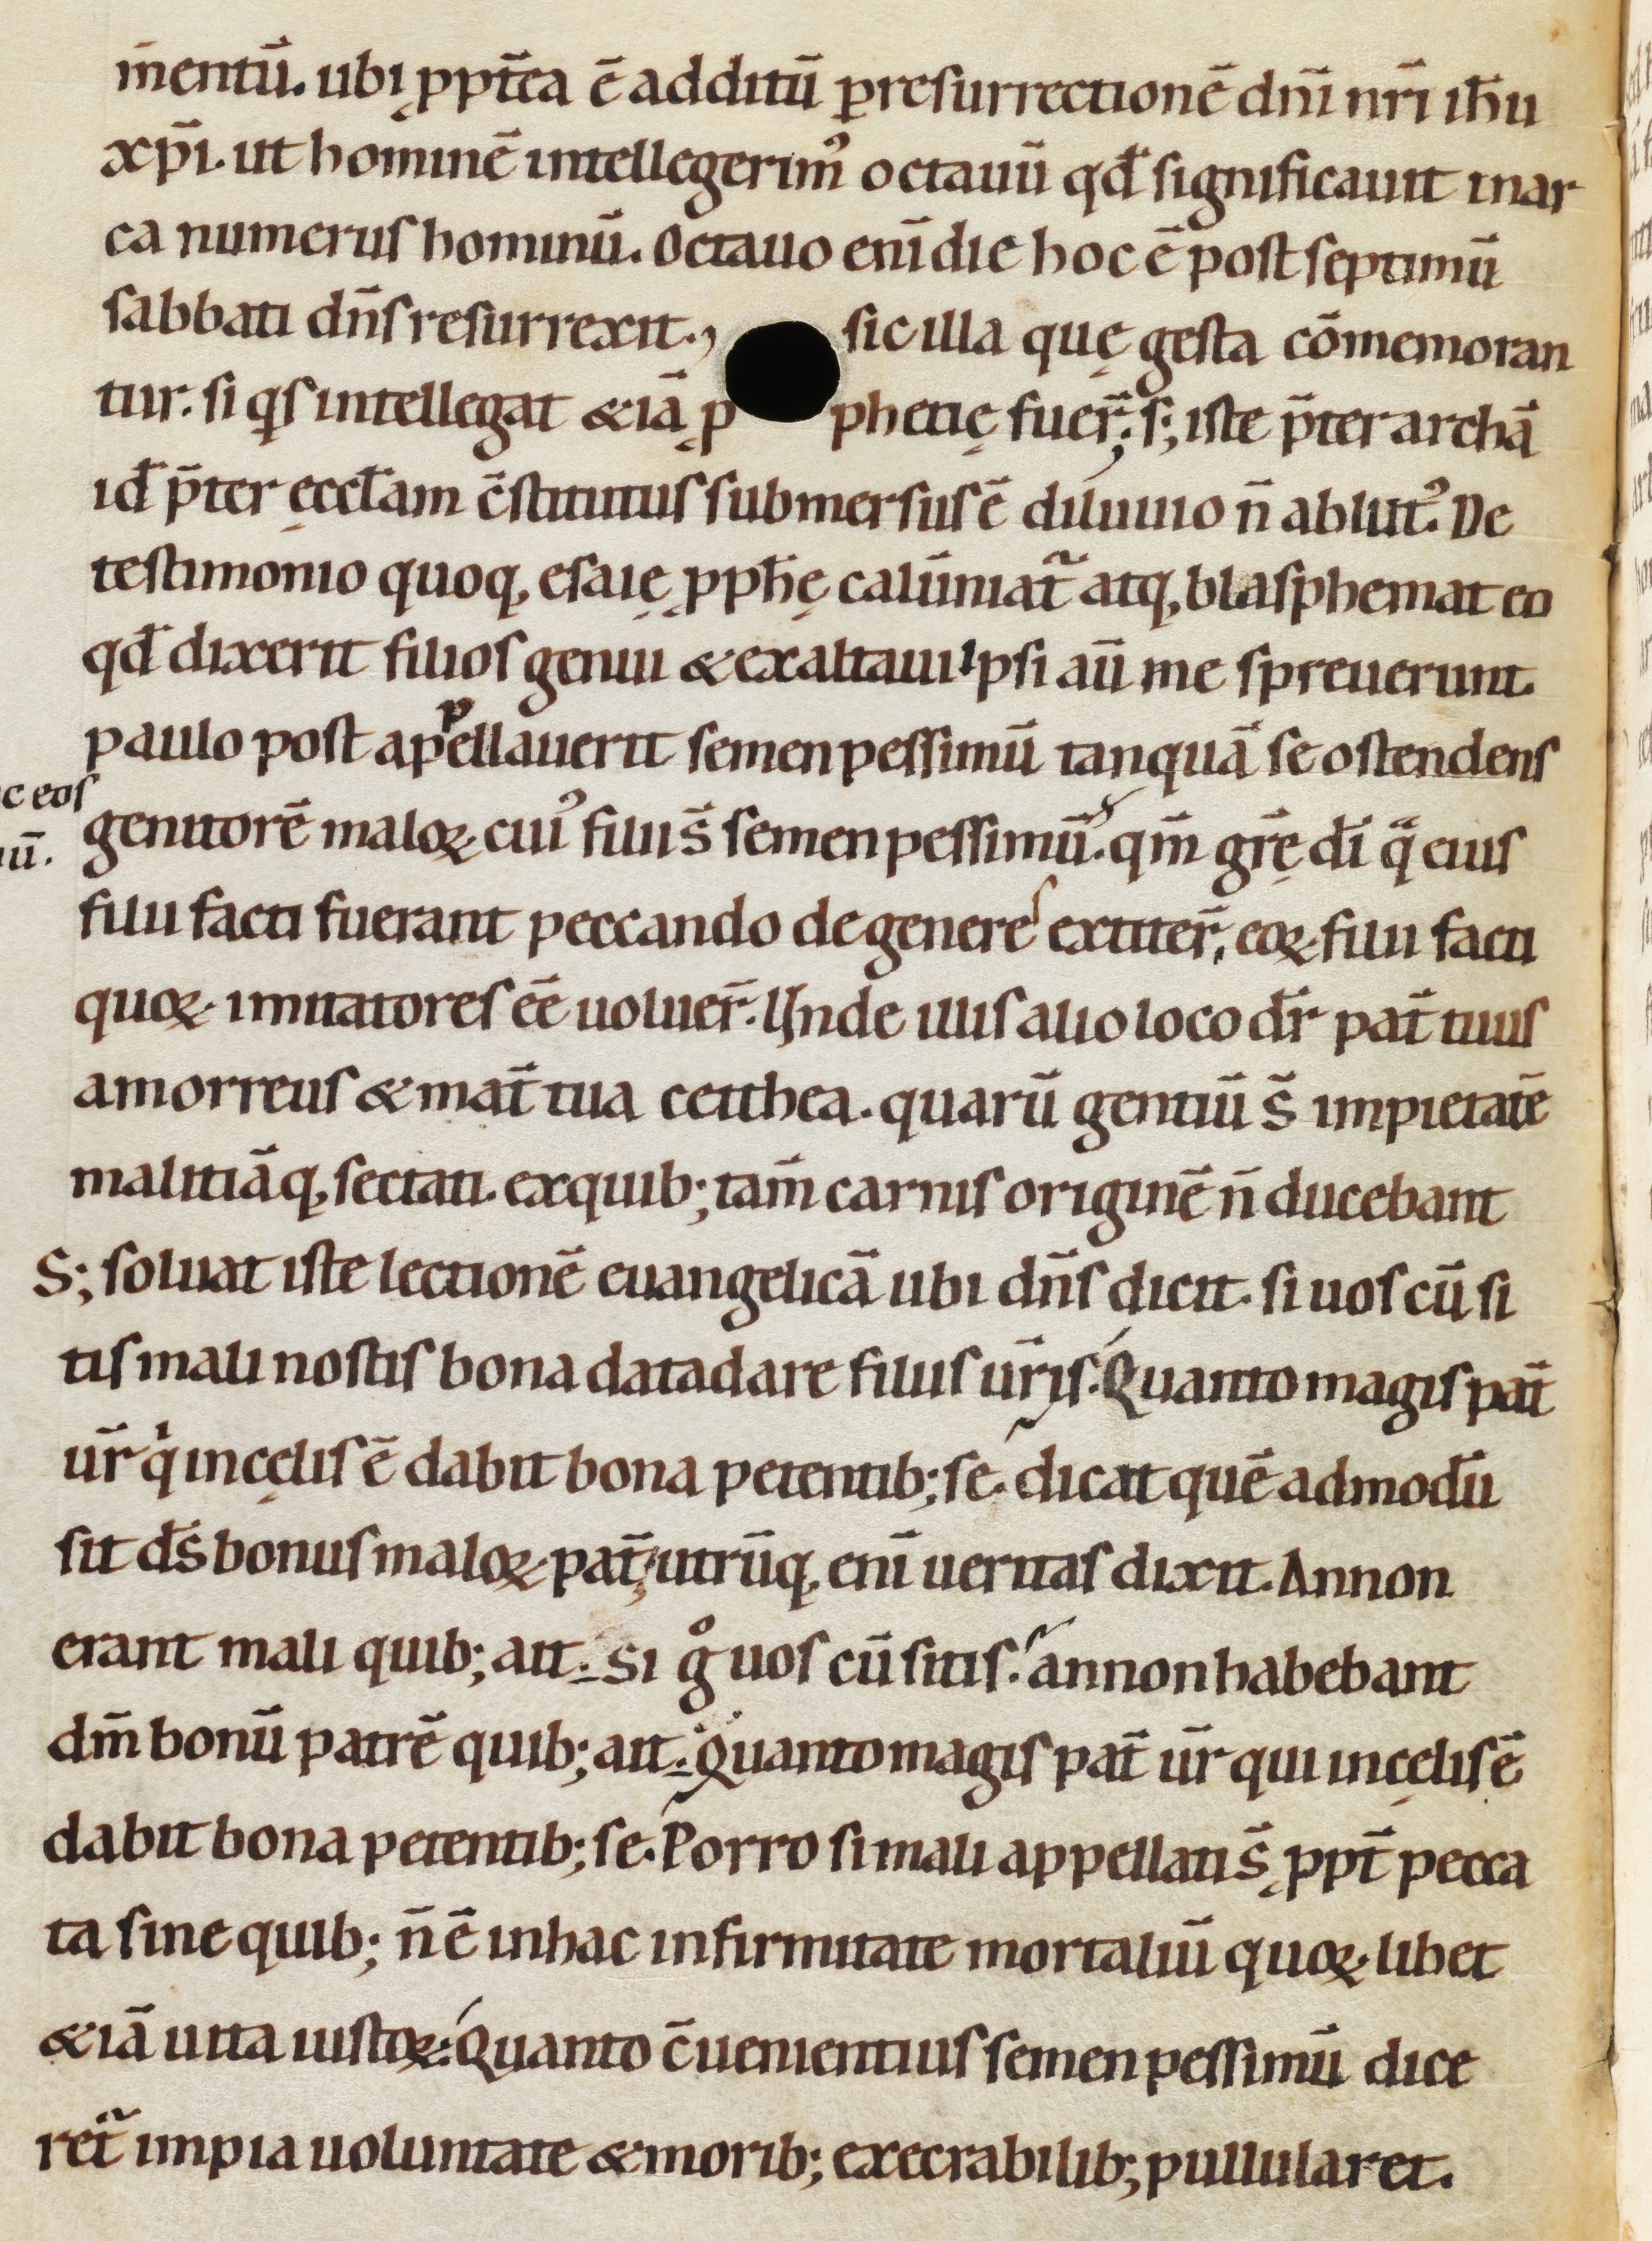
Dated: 1080–1096